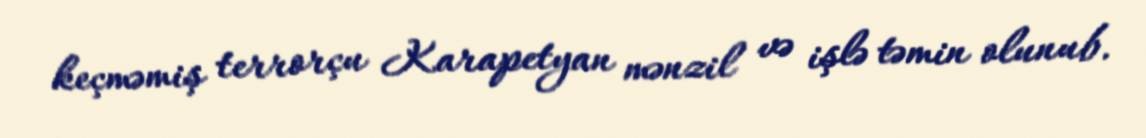
keçməmiş terrorçu Karapetyan mənzil və işlə təmin olunub.